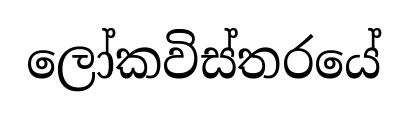
ලෝකවිස්තරයේ